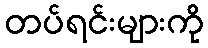
တပ်ရင်းများကို